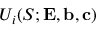
U _ { i } ( S ; { \mathbf { E } } , { \mathbf { b } } , { \mathbf { c } } )